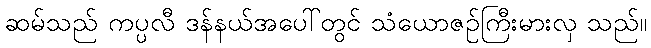
ဆမ်သည် ကပ္ပလီ ဒန်နယ်အပေါ်တွင် သံယောဇဉ်ကြီးမားလှ သည်။